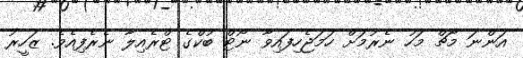
އަންނަ މާޗް މަހު ނެރުމަށް ހަމަޖެހިފައިވާ ނޯޓް ބުކްގެ ޓްރެއިލާ ނެރެފިއެވެ. ޒަހީރު